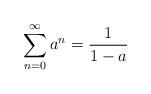
LaTeX: \begin{align*} \sum_{n=0}^\infty a^n = \frac{1}{1-a}\end{align*}